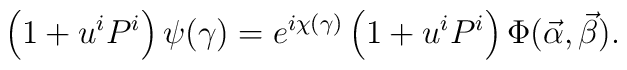
\left(1+u^iP^i\right)\psi(\gamma)=e^{i\chi(\gamma)}\left(1+u^iP^i\right)\Phi(\vec\alpha,\vec\beta).